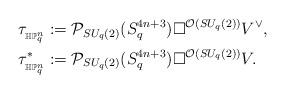
LaTeX: \begin{align*}&\tau_{{}_{\mathbb{HP}^n_q}}:=\mathcal{P}_{SU_q(2)}(S^{4n+3}_q)\Box^{\mathcal{O}(SU_q(2))} V^{\vee},\\&\tau^*_{{}_{\mathbb{HP}^n_q}}:=\mathcal{P}_{SU_q(2)}(S^{4n+3}_q)\Box^{\mathcal{O}(SU_q(2))} V.\end{align*}